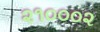
૨૧૦૦૦૨